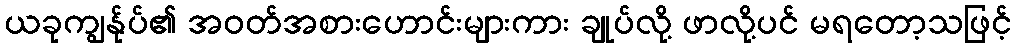
ယခုကျွန်ုပ်၏ အဝတ်အစားဟောင်းများကား ချုပ်လို့ ဖာလို့ပင် မရတော့သဖြင့်